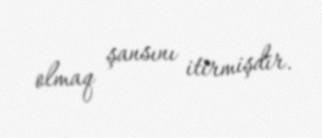
olmaq şansını itirmişdir.